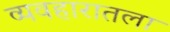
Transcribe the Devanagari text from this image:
व्यवहारातला